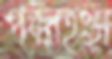
পবনহংস